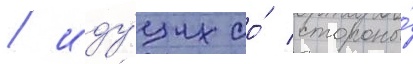
/ иду́щих со́ стороны́